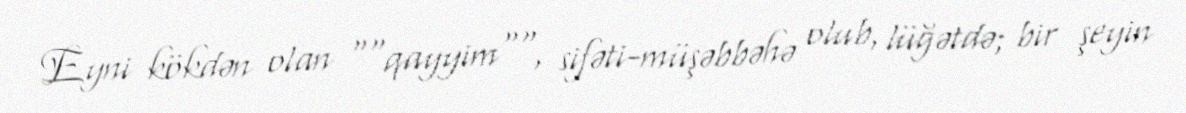
Eyni kökdən olan ""qayyim"", sifəti-müşəbbəhə olub, lüğətdə; bir şeyin